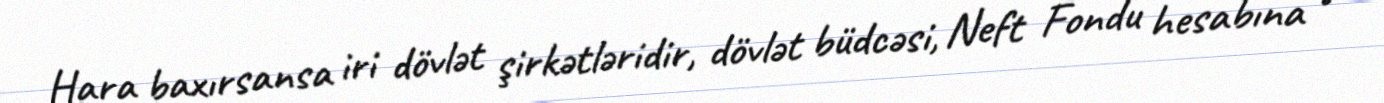
Hara baxırsansa iri dövlət şirkətləridir, dövlət büdcəsi, Neft Fondu hesabına o